Note on the mental hospitals in Burma - 1925-1940
Year: 1925
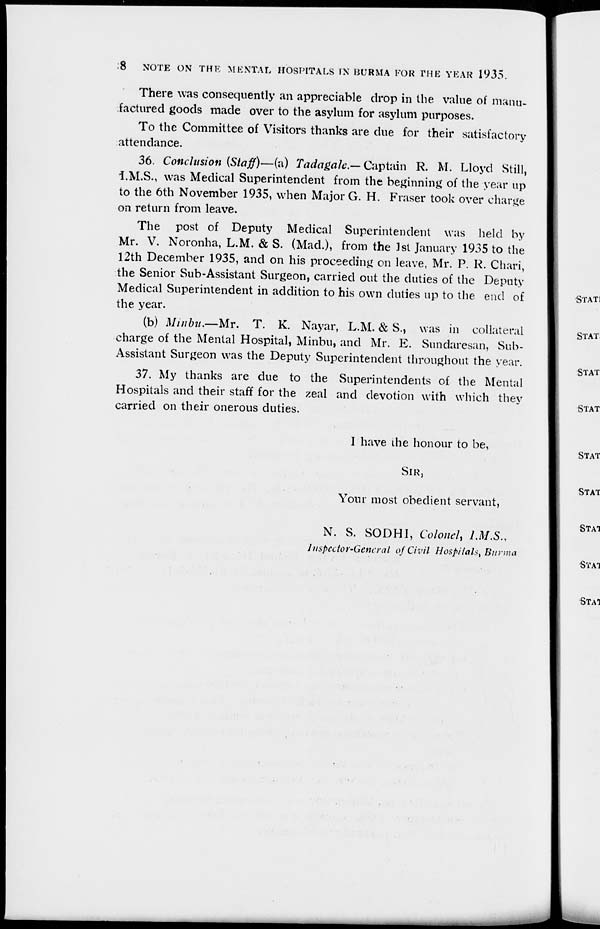
8
NOTE ON THE MENTAL HOSPITALS IN BURMA FOR THE YEAR 1935.
There was consequently an appreciable drop in the value of manu-
factured goods made over to the asylum for asylum purposes.
To the Committee of Visitors thanks are due for their satisfactory
attendance.
36. Conclusion (Staff)—(a) Tadagale—Captain
R. M. Lloyd Still,
I.M.S., was Medical Superintendent from the beginning of the year up
to the 6th November 1935, when Major G. H. Fraser took over charge
on return from leave.
The post of Deputy Medical Superintendent was held by
Mr. V. Noronha, L.M. & S. (Mad.), from the 1st January 1935 to the
12th December 1935, and on his proceeding on leave, Mr. P. R. Chari,
the Senior Sub-Assistant Surgeon, carried out the duties of the Deputy
Medical Superintendent in addition to his own duties up to the end of
the year.
(b) Minbu.—Mr. T. K. Nayar, L.M. & S., was in collateral
charge of the Mental Hospital, Minbu, and Mr. E. Sundaresan, Sub-
Assistant Surgeon was the Deputy Superintendent throughout the year.
37. My thanks are due to the Superintendents of the Mental
Hospitals and their staff for the zeal and devotion with which they
carried on their onerous duties.
I have the honour to be,
SIR,
Your most obedient servant,
N. S. SODHI, Colonel, I.M.S.,
Inspector-General of Civil Hospitals, Burma